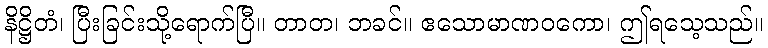
နိဋ္ဌိတံ၊ ပြီးခြင်းသို့ရောက်ပြီ။ တာတ၊ ဘခင်။ ဧသောမာဏဝကော၊ ဤရသေ့သည်။